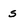
Character: s